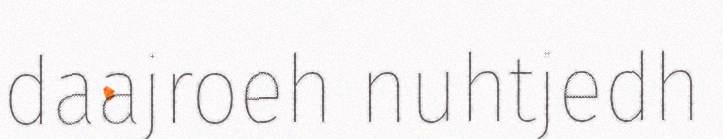
daajroeh nuhtjedh